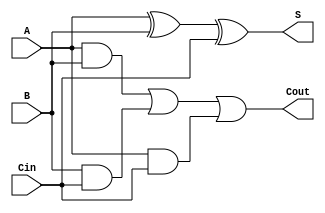
`timescale 1ns / 1ps
//////////////////////////////////////////////////////////////////////////////////
// Company: 
// Engineer: 
// 
// Design Name: 
// Module Name: fourbit_adder
// Project Name: 
// Target Devices: 
// Tool Versions: 
// Description: 
// 
// Dependencies: 
// 
// Revision:
// Revision 0.01 - File Created
// Additional Comments:
// 
//////////////////////////////////////////////////////////////////////////////////
module FA(A , B , Cin , S , Cout);
  //define which variables are inputs/outputs
  input A , B , Cin;
  output S , Cout;
  wire a1 , a2 , a3; //for each and operation
  
  xor(S,  A,B,Cin); //sum bit
  
  and(a1,  A,B);
  and(a2,  B,Cin);
  and(a3,  A,Cin);
  
  or(Cout,  a1,a2,a3);
endmodule

module Four_Bit_Adder(
    input [3:0] a,
    input [3:0] b,
    input carry_in,
    output [3:0] sum,
    output carry_out
    );
  //make wires
  wire [2:0] carry;
  
  FA fa0(a[0], b[0], carry_in, sum[0], carry[0]);
  FA fa1(a[1], b[1], carry[1], sum[1], carry[1]);
  FA fa2(a[2], b[2], carry[2], sum[2], carry[2]);
  FA fa3(a[3], b[3], carry[3], sum[3], carry_out);
endmodule